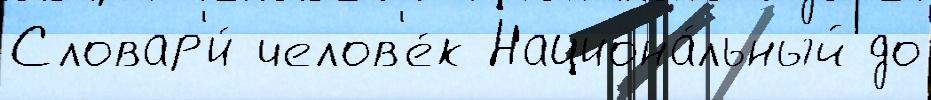
Словар'и́ челов'е́к Национа́льный до